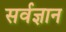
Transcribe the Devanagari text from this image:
सर्वज्ञान